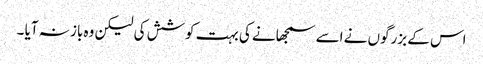
اس کے بزرگوں نے اسے سمجھانے کی بہت کوشش کی لیکن وہ باز نہ آیا ۔